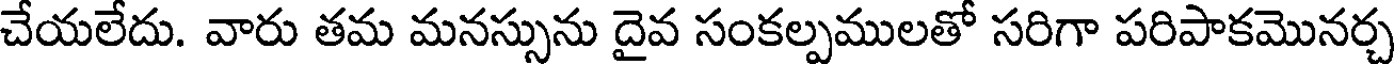
చేయలేదు. వారు తమ మనస్సును దైవ సంకల్పములతో సరిగా పరిపాకమొనర్చ